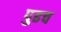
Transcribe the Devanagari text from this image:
पुढच